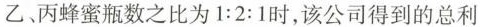
乙丙蜂蜜瓶数之比为$$1:2:1$$时，该公司得到的总利